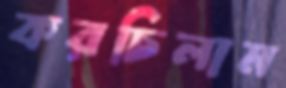
করচিলাম